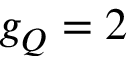
g _ { Q } = 2